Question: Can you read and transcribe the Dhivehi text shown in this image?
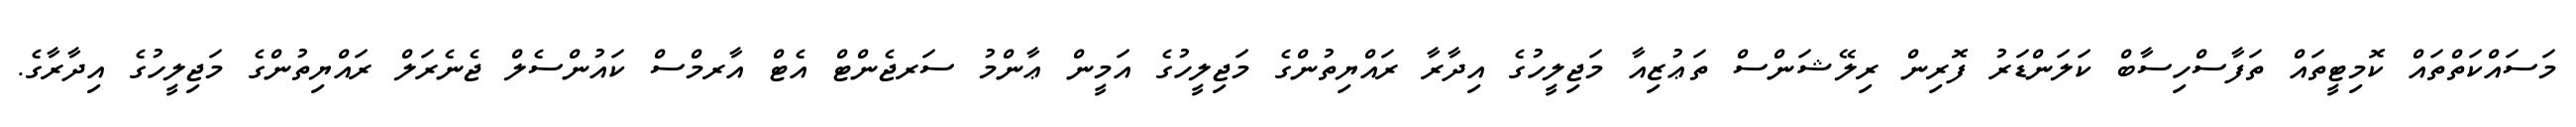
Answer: މަސައްކަތްތައް ކޮމިޓީތައް ތަފާސްހިސާބް ކަލަންޑަރު ފޮރިން ރިލޭޝަންސް ތަޢުޒިއާ މަޖިލީހުގެ އިދާރާ ރައްޔިތުންގެ މަޖިލީހުގެ އަމީން ޢާންމު ސަރޖެންޓް އެޓް އާރމްސް ކައުންސެލް ޖެނެރަލް ރައްޔިތުންގެ މަޖިލީހުގެ އިދާރާގެ.